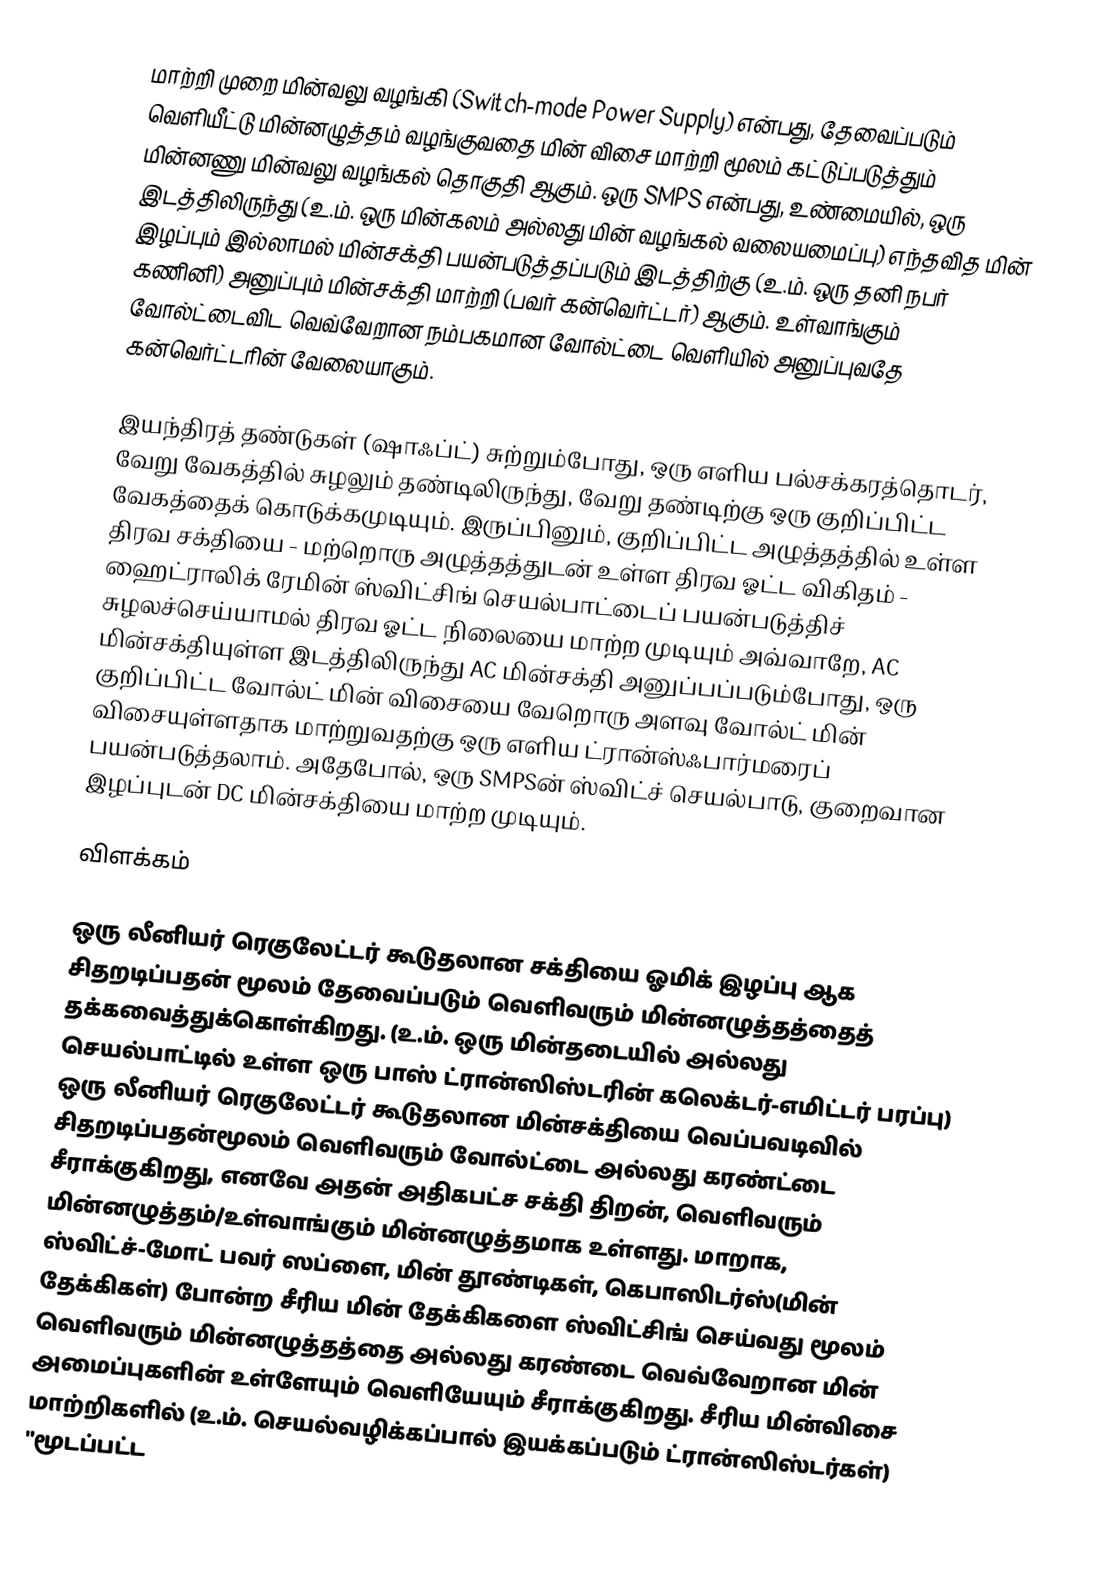
மாற்றி முறை மின்வலு வழங்கி  (Switch-mode Power Supply) என்பது, தேவைப்படும் வெளியீட்டு மின்னழுத்தம் வழங்குவதை மின் விசை மாற்றி மூலம் கட்டுப்படுத்தும் மின்னணு மின்வலு வழங்கல் தொகுதி ஆகும்.  ஒரு SMPS என்பது, உண்மையில், ஒரு இடத்திலிருந்து (உ.ம். ஒரு மின்கலம் அல்லது மின் வழங்கல் வலையமைப்பு) எந்தவித மின் இழப்பும் இல்லாமல் மின்சக்தி பயன்படுத்தப்படும் இடத்திற்கு (உ.ம். ஒரு தனி நபர் கணினி) அனுப்பும் மின்சக்தி மாற்றி (பவர் கன்வெர்ட்டர்) ஆகும். உள்வாங்கும் வோல்ட்டைவிட வெவ்வேறான நம்பகமான வோல்ட்டை வெளியில் அனுப்புவதே கன்வெர்ட்டரின் வேலையாகும்.

இயந்திரத் தண்டுகள் (ஷாஃப்ட்) சுற்றும்போது, ஒரு எளிய பல்சக்கரத்தொடர், வேறு வேகத்தில் சுழலும் தண்டிலிருந்து, வேறு தண்டிற்கு ஒரு குறிப்பிட்ட வேகத்தைக் கொடுக்கமுடியும்.  இருப்பினும், குறிப்பிட்ட அழுத்தத்தில் உள்ள திரவ சக்தியை - மற்றொரு அழுத்தத்துடன் உள்ள திரவ ஓட்ட விகிதம் - ஹைட்ராலிக் ரேமின் ஸ்விட்சிங் செயல்பாட்டைப் பயன்படுத்திச் சுழலச்செய்யாமல் திரவ ஓட்ட நிலையை மாற்ற முடியும்  அவ்வாறே, AC மின்சக்தியுள்ள இடத்திலிருந்து AC மின்சக்தி அனுப்பப்படும்போது, ஒரு குறிப்பிட்ட வோல்ட் மின் விசையை வேறொரு அளவு வோல்ட் மின் விசையுள்ளதாக மாற்றுவதற்கு ஒரு எளிய ட்ரான்ஸ்ஃபார்மரைப் பயன்படுத்தலாம்.  அதேபோல், ஒரு SMPSன் ஸ்விட்ச் செயல்பாடு, குறைவான இழப்புடன் DC மின்சக்தியை மாற்ற முடியும்.

விளக்கம்

ஒரு லீனியர் ரெகுலேட்டர் கூடுதலான சக்தியை ஓமிக் இழப்பு ஆக சிதறடிப்பதன் மூலம் தேவைப்படும் வெளிவரும் மின்னழுத்தத்தைத் தக்கவைத்துக்கொள்கிறது. (உ.ம். ஒரு மின்தடையில் அல்லது செயல்பாட்டில் உள்ள ஒரு பாஸ் ட்ரான்ஸிஸ்டரின் கலெக்டர்-எமிட்டர் பரப்பு) ஒரு லீனியர் ரெகுலேட்டர் கூடுதலான மின்சக்தியை வெப்பவடிவில் சிதறடிப்பதன்மூலம் வெளிவரும் வோல்ட்டை அல்லது கரண்ட்டை சீராக்குகிறது, எனவே அதன் அதிகபட்ச சக்தி திறன், வெளிவரும் மின்னழுத்தம்/உள்வாங்கும் மின்னழுத்தமாக உள்ளது.  மாறாக, ஸ்விட்ச்-மோட் பவர் ஸப்ளை, மின் தூண்டிகள், கெபாஸிடர்ஸ்(மின் தேக்கிகள்) போன்ற சீரிய மின் தேக்கிகளை ஸ்விட்சிங் செய்வது மூலம் வெளிவரும் மின்னழுத்தத்தை அல்லது கரண்டை வெவ்வேறான மின் அமைப்புகளின் உள்ளேயும் வெளியேயும் சீராக்குகிறது. சீரிய மின்விசை மாற்றிகளில் (உ.ம். செயல்வழிக்கப்பால் இயக்கப்படும் ட்ரான்ஸிஸ்டர்கள்) "மூடப்பட்ட